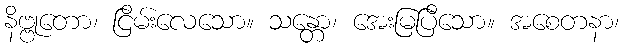
နိဗ္ဗုတော၊ ငြိမ်းလေသော။ သန္တော၊ အေးမြပြီသော။ အစေတနာ၊